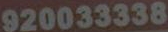
920033338